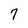
Character: 7